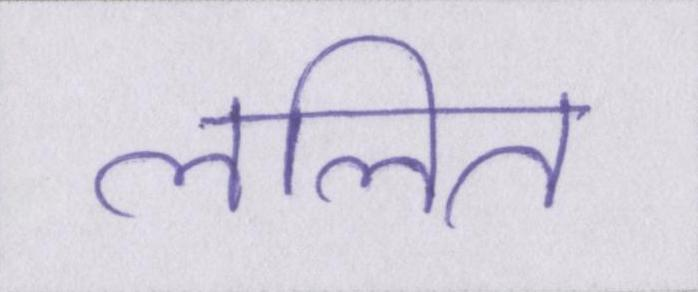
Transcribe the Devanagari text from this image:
ललित